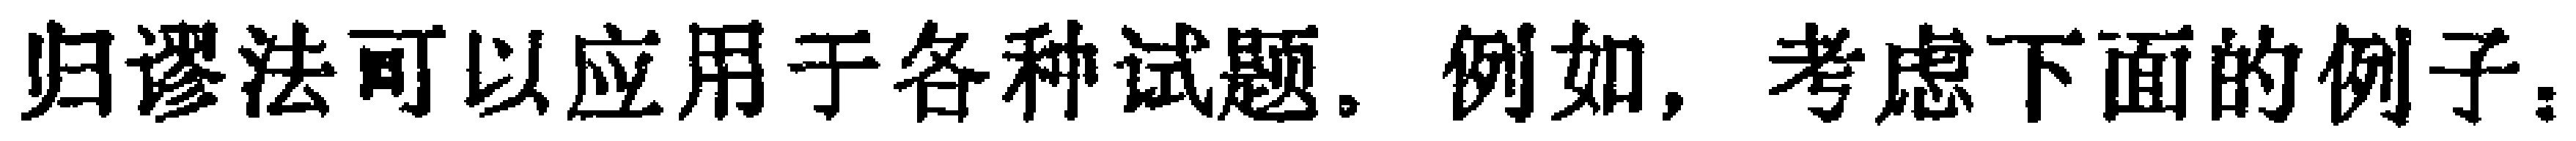
归谬法可以应用于各种试题。例如，考虑下面的例子。